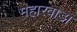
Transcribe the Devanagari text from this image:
महारवाडा